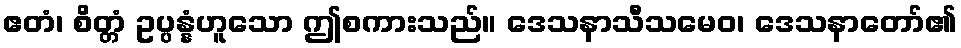
ဧတံ၊ စိတ္တံ ဥပ္ပန္နံဟူသော ဤစကားသည်။ ဒေသနာသီသမေဝ၊ ဒေသနာတော်၏